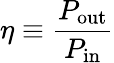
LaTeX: \eta\equiv{\frac{P_{\mathrm{out}}}{P_{\mathrm{in}}}}